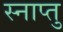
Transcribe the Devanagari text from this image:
स्नाप्तु